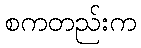
စကတည်းက